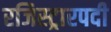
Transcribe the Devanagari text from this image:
रजिस्ट्रारपदी